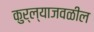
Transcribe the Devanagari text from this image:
कुर्ल्याजवळील